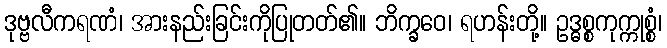
ဒုဗ္ဗလီကရဏံ၊ အားနည်းခြင်းကိုပြုတတ်၏။ ဘိက္ခဝေ၊ ရဟန်းတို့။ ဥဒ္ဓစ္စကုက္ကုစ္စံ၊